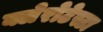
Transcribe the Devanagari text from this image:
क्लेरोटेस्टा